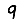
Digit: 9